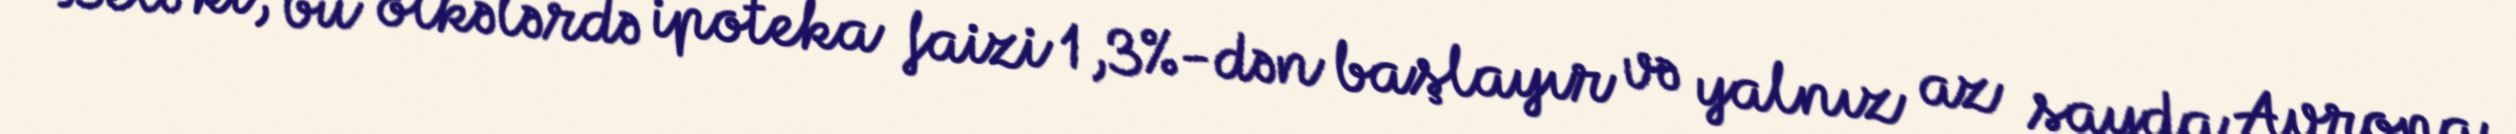
Belə ki, bu ölkələrdə ipoteka faizi 1,3%-dən başlayır və yalnız az sayda Avropa